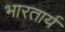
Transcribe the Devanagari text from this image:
भारतार्य